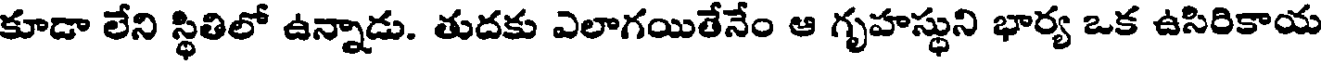
కూడా లేని స్థితిలో ఉన్నాడు. తుదకు ఎలాగయితేనేం ఆ గృహస్థుని భార్య ఒక ఉసిరికాయ